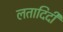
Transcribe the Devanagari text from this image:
लतादिदी